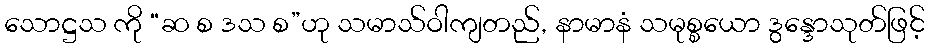
သောဋ္ဌသ ကို “ဆ စ ဒသ စ”ဟု သမာသ်ဝါကျတည်, နာမာနံ သမုစ္စယော ဒွန္ဒောသုတ်ဖြင့်